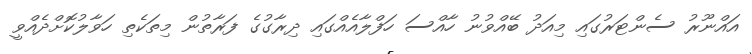
އައްނޫރު ސެންޓަރުގައި މިއަދު ބޭއްވުނު ހާއްސަ ހަފްލާއެއްގައި ދިރާގުގެ ފަރާތުން މިތަކެތި ހަވާލުކޮށްދެއްވީ